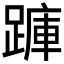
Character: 𮜇